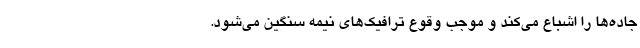
جاده‌ها را اشباع می‌کند و موجب وقوع ترافیک‌های نیمه سنگین می‌شود.